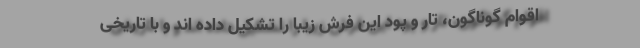
اقوام گوناگون، تار و پود این فرش زیبا را تشکیل داده اند و با تاریخی